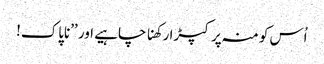
اُس کو منہ پر کپڑا رکھنا چاہیے اور ’’ناپاک!